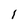
Character: l